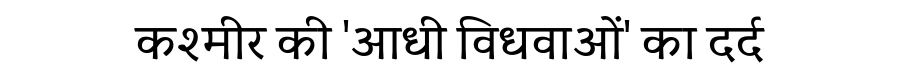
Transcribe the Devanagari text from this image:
कश्मीर की 'आधी विधवाओं' का दर्द